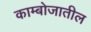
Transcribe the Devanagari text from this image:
काम्बोजातील